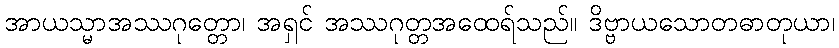
အာယသ္မာအဿဂုတ္တော၊ အရှင် အဿဂုတ္တအထေရ်သည်။ ဒိဗ္ဗာယသောတဓာတုယာ၊